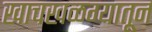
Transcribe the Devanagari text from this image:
खाचखळग्यातून